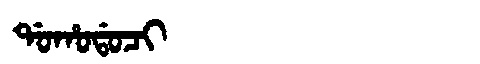
Manchu: ᡩᠣᡥᠣᡩᠣᠴᡳ
Romanization: DOHODOCI